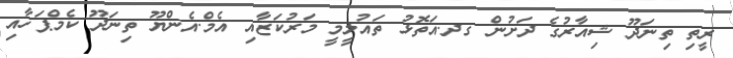
ރީތި ތިނަދޫ ޝިއާރުގެ ދަށުން ގދ.އަތޮޅު ތައުލީމީ މަރުކަޒާއި އެމް.އެންޔޫ ތިނަދޫ ކެމްޕަހާއި